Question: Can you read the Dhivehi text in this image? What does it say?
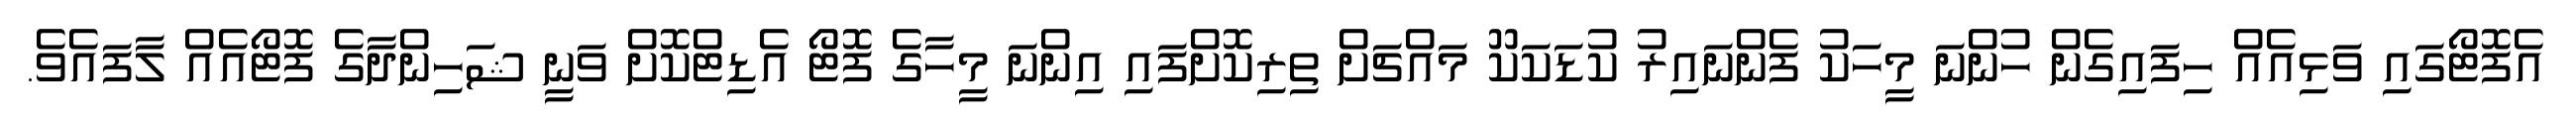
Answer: އެފޮޓޯގައި ވަޅިއެއް ހިފައިގެން ހުންނަ މީހަކު ފެންނައިރު ކުޑަކަކޫ މައްޗަށް ތިރިކޮށްފައި އިންނަ މީހާގެ ފޮޓޯ އެޑިޓްކޮށް ވަނީ ޝަހިންދާގެ ފޮޓޯއެއް ލާފައެވެ.